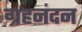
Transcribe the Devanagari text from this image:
ग्रहनंदन